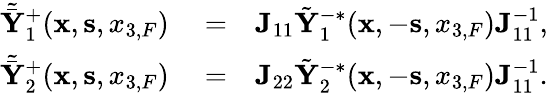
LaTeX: \begin{array}{rlr}{\tilde{\bar{{\mathbf Y}}}_{1}^{+}({{\mathbf x}},{{\mathbf s}},{x_{3,F}})}&{{}=}&{{\mathbf J}_{11}\tilde{\mathbf Y}_{1}^{-*}({{\mathbf x}},-{{\mathbf s}},{x_{3,F}}){\mathbf J}_{11}^{-1},}\\ {\tilde{\bar{{\mathbf Y}}}_{2}^{+}({{\mathbf x}},{{\mathbf s}},{x_{3,F}})}&{{}=}&{{\mathbf J}_{22}\tilde{\mathbf Y}_{2}^{-*}({{\mathbf x}},-{{\mathbf s}},{x_{3,F}}){\mathbf J}_{11}^{-1}.}\end{array}